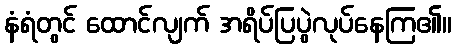
နံရံတွင် ထောင်လျက် အရိပ်ပြပွဲလုပ်နေကြ၏။